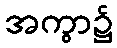
အကွာ၌